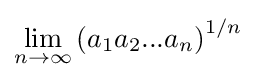
\lim _{n\rightarrow \infty }\left(a_{1}a_{2}...a_{n}\right)^{1/n}